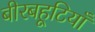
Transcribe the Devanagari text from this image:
बीरबहूटियाँ